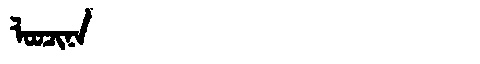
Manchu: ᠯᠣᠣᠴᡳᠨᠠ
Romanization: LOOCINA